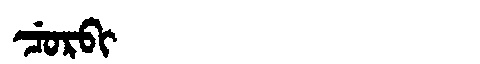
Manchu: ᠴᡠᡵᠪᡳ
Romanization: CURBI